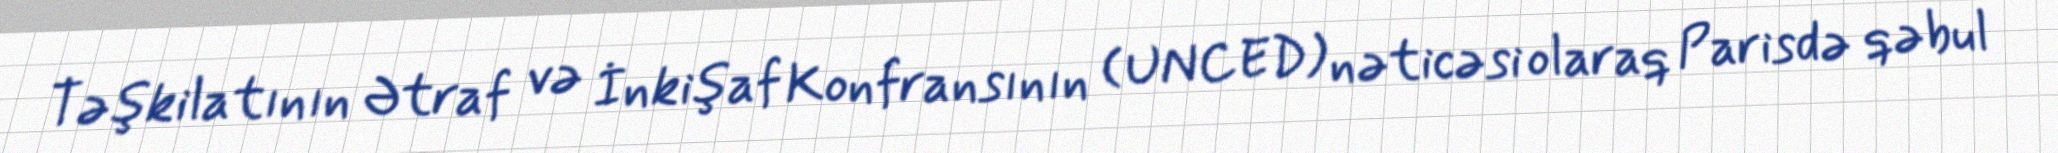
Təşkilatının Ətraf və İnkişaf Konfransının (UNCED) nəticəsi olaraq Parisdə qəbul